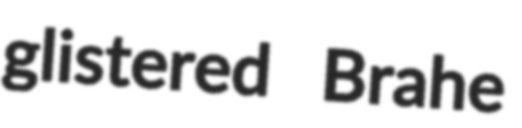
glistered Brahe